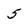
Character: 5